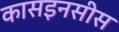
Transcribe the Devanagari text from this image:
कासइनसीस